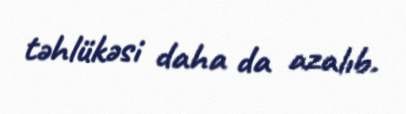
təhlükəsi daha da azalıb.